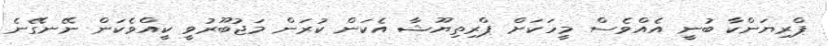
ޕްރިޔަންކާ ބުނީ އެއްވެސް މީހަކަށް ޕްރިތިޔޫޝާ އެކަން ކުރަން މަޖުބޫރުވީ ކީއްވެކަން ނޭނގޭނެ